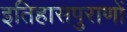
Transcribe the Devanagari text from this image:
इतिहासपुराणों